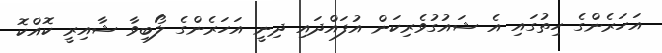
އަހަރެންގެ ހިތުގައި އެ ޝައުގުވެރިކަން އުފައްދައި ދިނީ އަހަރެންގެ ލޯބިވާ ޝާއިރީ ކޮއްކޮ